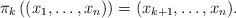
LaTeX: \begin{align*}\pi_k\left((x_1,\dots,x_n)\right) =(x_{k+1},\dots,x_n).\end{align*}